Statistical return of the lunatic asylum in Assam - 1912-1932
Year: 1912
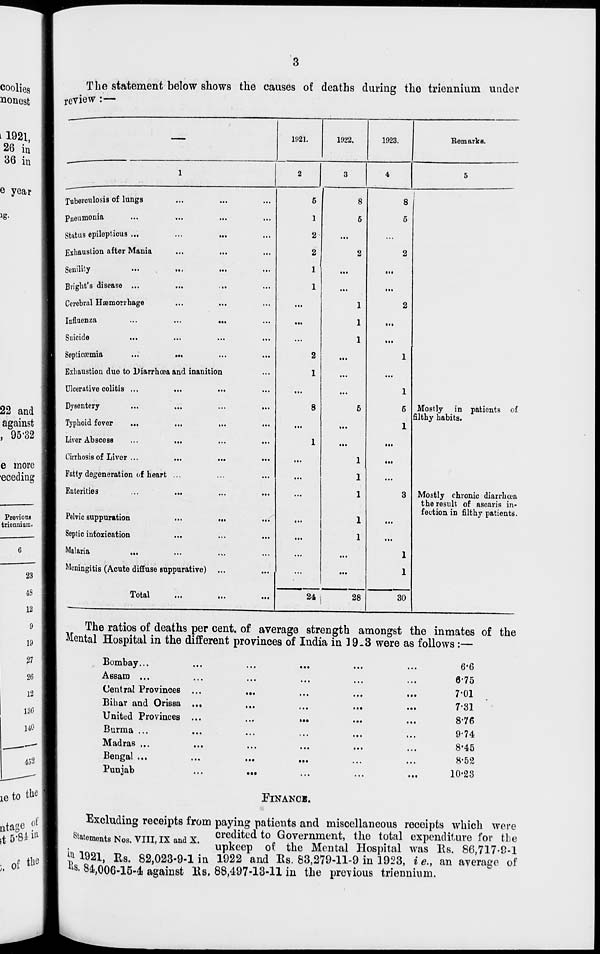
The statement below shows the causes of deaths during the triennium under
review :—
Tuberculosis of lungs
Pneumonia
•••
•*'
■■•
Status epilepticus ...
Exhaustion after Mania
Senility
•••
••«
••*
Bright's disease ...
...
«•
Cerebral Haemorrhage
Influenza
...
...
•••
Suicide
...
•••
•••
Septictemia
...
•••
Exhaustion due to Diarrhoea and inanition
Ulcerative colitis ...
Dysentery
Typhoid fever
...
...
...
Liver Abscess
Cirrhosis of Liver ...
Fatty degeneration of heart ...
Enterities
Pelvic suppuration
...
...
Septic intoxication
Malaria
...
Meningitis (Acute diffuse snppurative)
Total
1921.
1922.
1023.
Bern arks.
8
5
24
28
Mostly in patients of
filthy habits.
30
Mostly chronic diarrhoea
the result of ascaris in-
fection in filthy patients.
The ratios of deaths per cent, of average strength amongst the inmates of the
Mental Hospital in the different provinces of India in 19.3 were as follows :—
Bombay...
Assam ...
Central Provinces ...
Bihar and Orissa ...
United Provinces ...
Burma ...
Madras ...
Bengal ...
Puniab
6*6
8-75
7-01
7-31
8-76
9«74
8-45
8*52
10-23
ElNANCE.
Excluding receipts from paying patients and miscellaneous receipts which were
submit., KT VTTT TV A v credited to Government, the total expenditure for the
"UHernents Nos. VIII, IX and X.
,
„ .,
-.,
\ TT
., ,
L
^
«>» Jli- n ,
upkeep of the Mental Hospital was lls. 86,717-9-1
£1921, Es. 82,023-9-1 in 1922 and Us. 83,279-11-9 in 3923, **., an average of
**8, 84«,006-15-4i against Ks. 88,497-13-11 in the previous triennium.